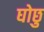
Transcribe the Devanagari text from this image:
घोछु